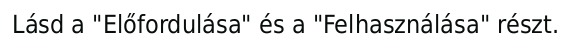
Lásd a "Előfordulása" és a "Felhasználása" részt.